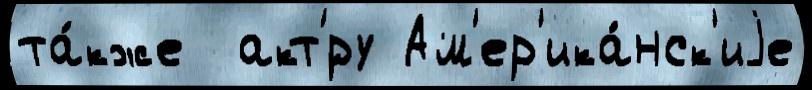
та́кже  акт'́ру Ам'ер'ика́нск'иjе